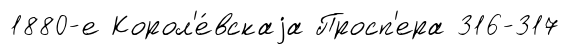
1880-е Корол'е́вскаjа Просп'ера 316-317